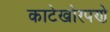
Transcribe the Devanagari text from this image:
काटेखोरपणे